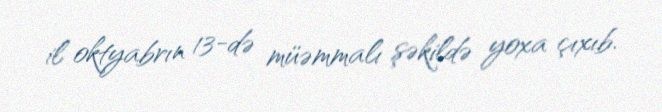
il oktyabrın 13-də müəmmalı şəkildə yoxa çıxıb.